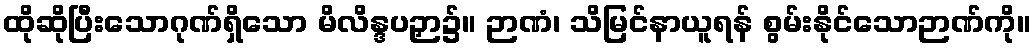
ထိုဆိုပြီးသောဂုဏ်ရှိသော မိလိန္ဒပဉှာ၌။ ဉာဏံ၊ သိမြင်နာယူရန် စွမ်းနိုင်သောဉာဏ်ကို။